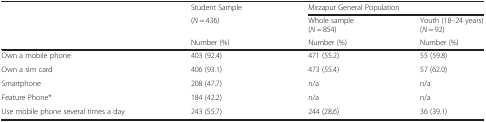
<table><thead><tr><td></td><td><b>Student Sample</b></td><td colspan="2"><b>Mirzapur General Population</b></td></tr><tr><td></td><td><b>(<i>N</i> = 436)</b></td><td><b>Whole sample(<i>N</i> = 854)</b></td><td><b>Youth (18–24 years) (<i>N</i> = 92)</b></td></tr><tr><td></td><td><b>Number (%)</b></td><td><b>Number (%)</b></td><td><b>Number (%)</b></td></tr></thead><tbody><tr><td>Own a mobile phone</td><td>403 (92.4)</td><td>471 (55.2)</td><td>55 (59.8)</td></tr><tr><td>Own a sim card</td><td>406 (93.1)</td><td>473 (55.4)</td><td>57 (62.0)</td></tr><tr><td>Smartphone</td><td>208 (47.7)</td><td>n/a</td><td>n/a</td></tr><tr><td>Feature Phone*</td><td>184 (42.2)</td><td>n/a</td><td>n/a</td></tr><tr><td>Use mobile phone several times a day</td><td>243 (55.7)</td><td>244 (28.6)</td><td>36 (39.1)</td></tr></tbody></table>